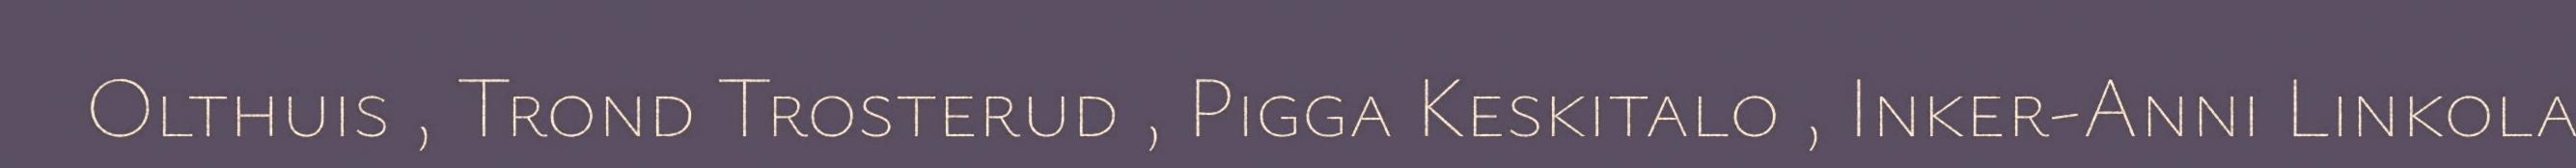
Olthuis , Trond Trosterud , Pigga Keskitalo , Inker-Anni Linkola